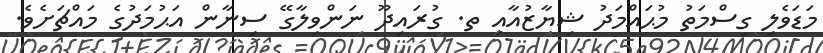
މަޑަވެލި ގިސްމަތު މުޙައްމަދު ޝިޔާޒުއާއި ތ. ގުރައިދޫ ނަންވިލާގޭ ސިނާން އަޙުމަދުގެ މައްޗަށެވެ.